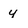
Character: 4